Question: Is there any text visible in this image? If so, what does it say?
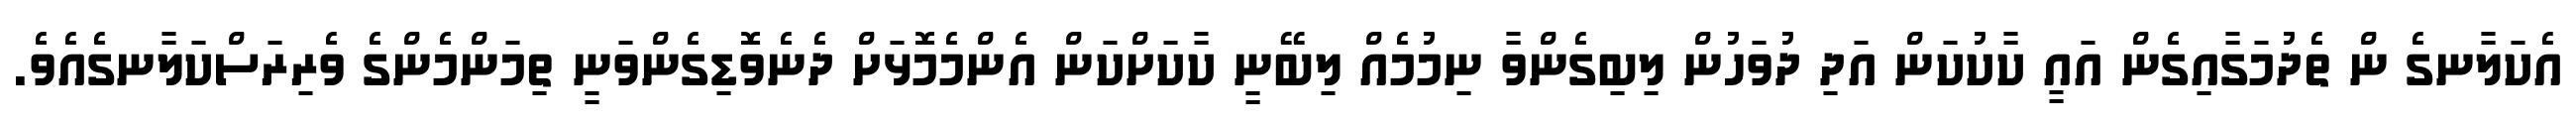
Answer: އެކަލާނގެ ން ތެދުމަގާއިގެން އައީ ކާކުކަން އަދި ދުވަހުން ލިބިގެންވާ ނިމުމެއް ލިބޭނީ ކާކަށްކަން އެންމެމޮޅަށް ދެނެވޮޑިގެންވަނީ ތިމަންމެންގެ ވެރިރަސްކަލާނގެއެވެ.